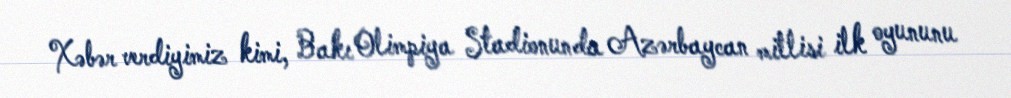
Xəbər verdiyimiz kimi, Bakı Olimpiya Stadionunda Azərbaycan millisi ilk oyununu